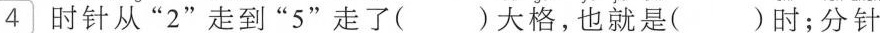
时针从”2”走到”5”走了( )大格，也就是( )时；分针